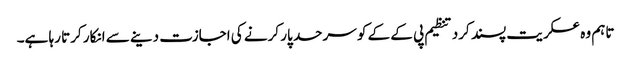
تاہم وہ عسکریت پسند کرد تنظیم پی کے کے کو سرحد پار کرنے کی اجازت دینے سے انکار کرتا رہا ہے۔